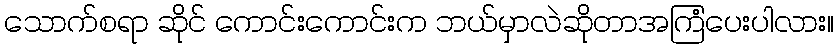
သောက်စရာ ဆိုင် ကောင်းကောင်းက ဘယ်မှာလဲဆိုတာအကြံပေးပါလား။